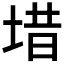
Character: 𪣤